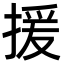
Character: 援